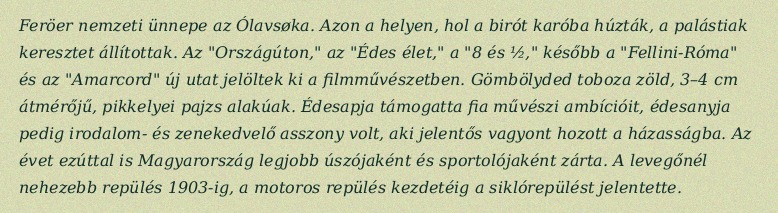
Feröer nemzeti ünnepe az Ólavsøka. Azon a helyen, hol a birót karóba húzták, a palástiak keresztet állítottak. Az "Országúton," az "Édes élet," a "8 és ½," később a "Fellini-Róma" és az "Amarcord" új utat jelöltek ki a filmművészetben. Gömbölyded toboza zöld, 3–4 cm átmérőjű, pikkelyei pajzs alakúak. Édesapja támogatta fia művészi ambícióit, édesanyja pedig irodalom- és zenekedvelő asszony volt, aki jelentős vagyont hozott a házasságba. Az évet ezúttal is Magyarország legjobb úszójaként és sportolójaként zárta. A levegőnél nehezebb repülés 1903-ig, a motoros repülés kezdetéig a siklórepülést jelentette.